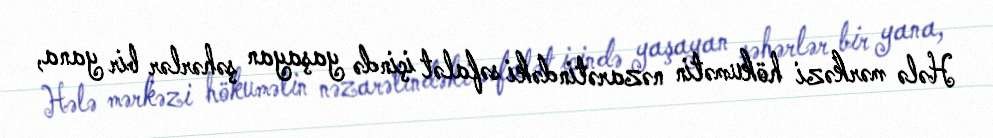
Hələ mərkəzi hökumətin nəzarətindəki səfalət içində yaşayan şəhərlər bir yana,